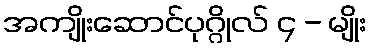
အကျိုးဆောင်ပုဂ္ဂိုလ် ၄ - မျိုး